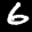
Label: 6